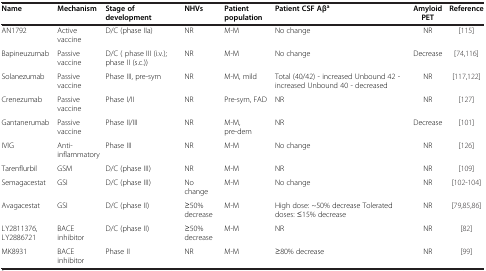
<table><thead><tr><td><b>Name</b></td><td><b>Mechanism</b></td><td><b>Stage of development</b></td><td><b>NHVs</b></td><td><b>Patient population</b></td><td><b>Patient CSF Aβ<sup>a</sup></b></td><td><b>Amyloid PET</b></td><td><b>Reference</b></td></tr></thead><tbody><tr><td>AN1792</td><td>Active vaccine</td><td>D/C (phase IIa)</td><td>NR</td><td>M-M</td><td>No change</td><td>NR</td><td>[115]</td></tr><tr><td>Bapineuzumab</td><td>Passive vaccine</td><td>D/C ( phase III (i.v.); phase II (s.c.))</td><td>NR</td><td>M-M</td><td>No change</td><td>Decrease</td><td>[74,116]</td></tr><tr><td>Solanezumab</td><td>Passive vaccine</td><td>Phase III, pre-sym</td><td>NR</td><td>M-M, mild</td><td>Total (40/42) - increased Unbound 42 - increased Unbound 40 - decreased</td><td>NR</td><td>[117,122]</td></tr><tr><td>Crenezumab</td><td>Passive vaccine</td><td>Phase I/II</td><td>NR</td><td>Pre-sym, FAD</td><td>NR</td><td>NR</td><td>[127]</td></tr><tr><td>Gantanerumab</td><td>Passive vaccine</td><td>Phase II/III</td><td>NR</td><td>M-M, pre-dem</td><td>NR</td><td>Decrease</td><td>[101]</td></tr><tr><td>IVIG</td><td>Anti-inflammatory</td><td>Phase III</td><td>NR</td><td>M-M</td><td>No change</td><td>NR</td><td>[126]</td></tr><tr><td>Tarenflurbil</td><td>GSM</td><td>D/C (phase III)</td><td>NR</td><td>M-M</td><td>NR</td><td>NR</td><td>[109]</td></tr><tr><td>Semagacestat</td><td>GSI</td><td>D/C (phase III)</td><td>No change</td><td>M-M</td><td>No change</td><td>NR</td><td>[102-104]</td></tr><tr><td>Avagacestat</td><td>GSI</td><td>D/C (phase II)</td><td>≥50% decrease</td><td>M-M</td><td>High dose: ~50% decrease Tolerated doses: ≤15% decrease</td><td>NR</td><td>[79,85,86]</td></tr><tr><td>LY2811376, LY2886721</td><td>BACE inhibitor</td><td>D/C (phase II)</td><td>≥50% decrease</td><td>M-M</td><td>NR</td><td>NR</td><td>[82]</td></tr><tr><td>MK8931</td><td>BACE inhibitor</td><td>Phase II</td><td>NR</td><td>M-M</td><td>≥80% decrease</td><td>NR</td><td>[99]</td></tr></tbody></table>